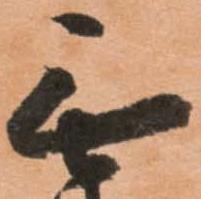
無